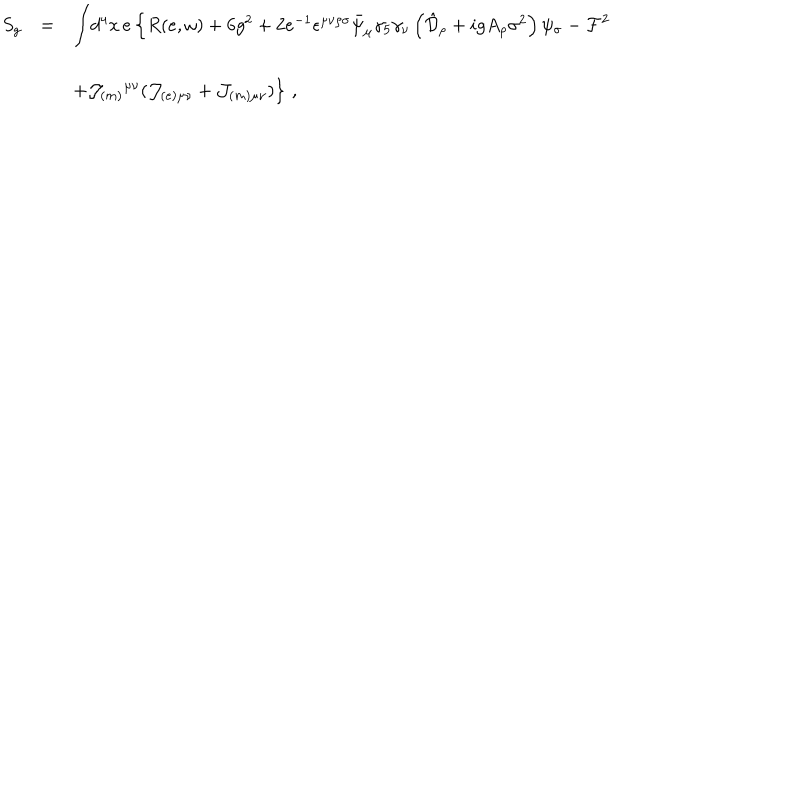
\begin{array} { r c l } { { S _ { g } } } & { { = } } & { { { \displaystyle \int } d ^ { 4 } x \, e \left\{ R ( e , \omega ) + 6 g ^ { 2 } + 2 e ^ { - 1 } \epsilon ^ { \mu \nu \rho \sigma } \bar { \psi } _ { \mu } \gamma _ { 5 } \gamma _ { \nu } \left( \hat { \cal D } _ { \rho } + i g A _ { \rho } \sigma ^ { 2 } \right) \psi _ { \sigma } - { \cal F } ^ { 2 } \right. } } \\ { { } } & { { } } & { { } } \\ { { } } & { { } } & { { \left. + { \cal J } _ { ( m ) } { } ^ { \mu \nu } ( { \cal J } _ { ( e ) \mu \nu } + { \cal J } _ { ( m ) \mu \nu } ) \right\} \, , } } \\ \end{array}